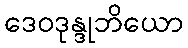
ဒေဝဒုန္ဒုဘိယော